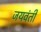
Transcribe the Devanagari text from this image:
जयवंती